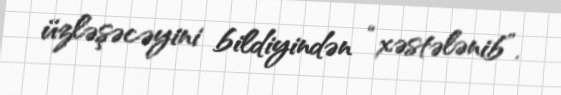
üzləşəcəyini bildiyindən “xəstələnib”.